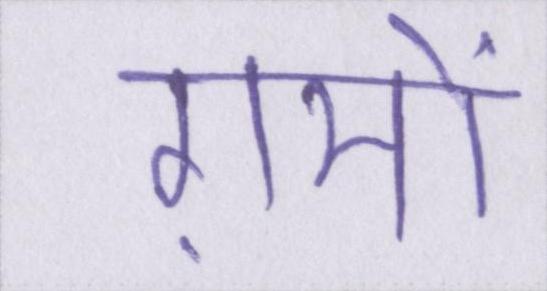
ग़मों